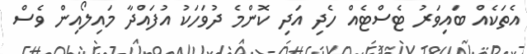
އެތަކެއް ބައިވަރު ޓެސްޓެއް ހެދި އަދި ކޮންމެ ދުވަހަކު އުފައްދާ މައިލޯއިން ވެސް